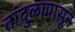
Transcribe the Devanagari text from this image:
तांदुळापासून